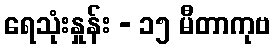
ရေသုံးနှုန်း - ၁၅ မီတာကုဗ